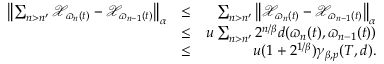
\begin{array} { r l r } { \left\Vert \sum _ { n > n ^ { \prime } } \mathcal { X } _ { \varpi _ { n } ( t ) } - \mathcal { X } _ { \varpi _ { n - 1 } ( t ) } \right\Vert _ { \alpha } } & { \leq } & { \sum _ { n > n ^ { \prime } } \left\Vert \mathcal { X } _ { \varpi _ { n } ( t ) } - \mathcal { X } _ { \varpi _ { n - 1 } ( t ) } \right\Vert _ { \alpha } } \\ & { \leq } & { u \sum _ { n > n ^ { \prime } } 2 ^ { n / \beta } d ( \varpi _ { n } ( t ) , \varpi _ { n - 1 } ( t ) ) } \\ & { \leq } & { u ( 1 + 2 ^ { 1 / \beta } ) \gamma _ { \beta , p } ( T , d ) . } \end{array}